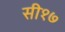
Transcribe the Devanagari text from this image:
सी१७